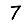
Digit: 7